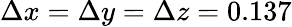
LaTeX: \Delta x=\Delta y=\Delta z=0.137